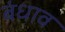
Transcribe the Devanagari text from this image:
बंधाव